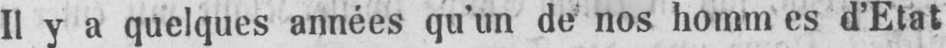
II y a quelques années qu’un de nos hommes d’Etat